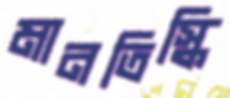
মানতিস্কি